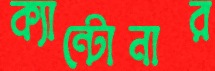
ক্যান্টোনার